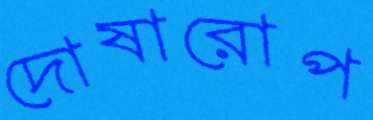
দোষারোপ